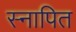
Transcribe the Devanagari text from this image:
स्नापित